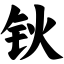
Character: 钬